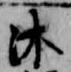
沐